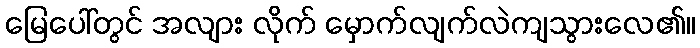
မြေပေါ်တွင် အလျား လိုက် မှောက်လျက်လဲကျသွားလေ၏။